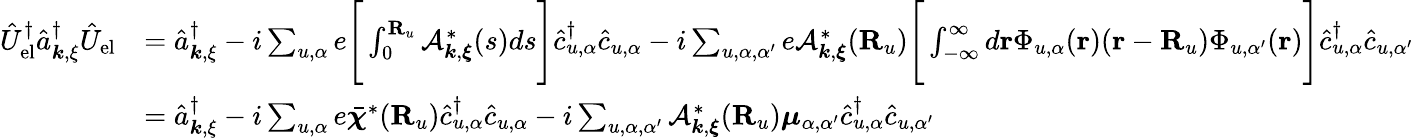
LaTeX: \begin{array}{rl}{\hat{U}_{\mathrm{el}}^{\dagger}\hat{a}_{{\boldsymbol k},{\mathbf\xi}}^{\dagger}\hat{U}_{\mathrm{el}}}&{=\hat{a}_{{\boldsymbol k},{\mathbf\xi}}^{\dagger}-i\sum_{u,\alpha}e\Bigg[\int_{0}^{{\mathbf R}_{u}}\mathcal{A}_{{\boldsymbol k},{\boldsymbol\xi}}^{*}(s)ds\Bigg]\hat{c}_{u,\alpha}^{\dagger}\hat{c}_{u,\alpha}-i\sum_{u,\alpha,\alpha^{\prime}}e\mathcal{A}_{{\boldsymbol k},{\boldsymbol\xi}}^{*}({\mathbf R}_{u})\Bigg[\int_{-\infty}^{\infty}d{\mathbf r}\Phi_{u,\alpha}({\mathbf r})({\mathbf r}-{\mathbf R}_{u})\Phi_{u,\alpha^{\prime}}({\mathbf r})\Bigg]\hat{c}_{u,\alpha}^{\dagger}\hat{c}_{u,\alpha^{\prime}}}\\ &{=\hat{a}_{{\boldsymbol k},{\mathbf\xi}}^{\dagger}-i\sum_{u,\alpha}e\bar{\boldsymbol\chi}^{*}({\mathbf R}_{u})\hat{c}_{u,\alpha}^{\dagger}\hat{c}_{u,\alpha}-i\sum_{u,\alpha,\alpha^{\prime}}\mathcal{A}_{{\boldsymbol k},{\boldsymbol\xi}}^{*}({\mathbf R}_{u}){\boldsymbol\mu}_{\alpha,\alpha^{\prime}}\hat{c}_{u,\alpha}^{\dagger}\hat{c}_{u,\alpha^{\prime}}}\end{array}